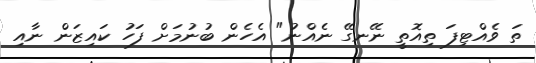
ތަ ވެއްޓިފަ ތިއޮތީ ނޭނގޭ ނެއްނު" އެހެން ބުނުމަށް ފަހު ކައިޒަން ނާއި